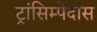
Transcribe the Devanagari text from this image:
ट्रांसिम्पेदांस